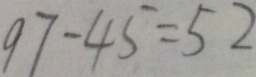
9 7 - 4 5 = 5 2